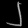
Digit: ၂